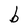
Character: b